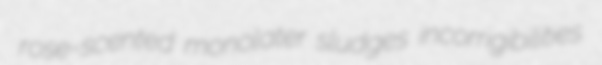
rose-scented monolater sludges incorrigibilities